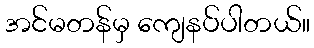
အင်မတန်မှ ကျေနပ်ပါတယ်။